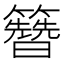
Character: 𬖂